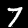
Digit: 7